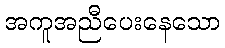
အကူအညီပေးနေသော